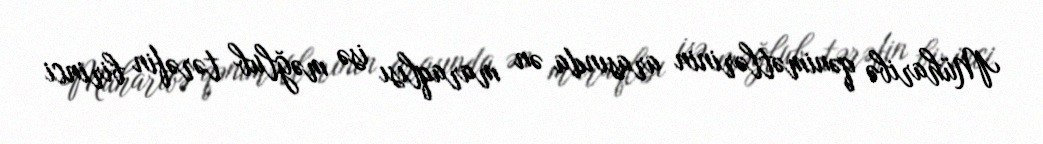
Müharibə qənimətlərinin arasında ən maraqlısı isə məğlub tərəfin birinci